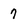
Character: 7